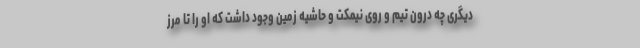
دیگری چه درون تیم و روی نیمکت و حاشیه زمین وجود داشت که او را تا مرز